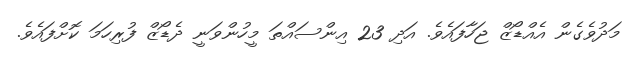
މަދުވެގެން އެއްޑޯޒް ޖަހާފައެވެ. އަދި 23 އިންސައްތަ މީހުންވަނީ ދެޑޯޒް ފުރިހަމަ ކޮށްފައެވެ.